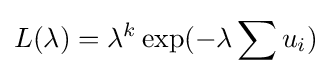
L(\lambda )=\lambda ^{k}\exp(-\lambda \sum {u_{i}})